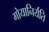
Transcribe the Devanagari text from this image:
गोयानिर्यति